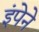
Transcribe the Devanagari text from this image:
इंपेने